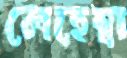
লেহেম্বা